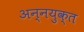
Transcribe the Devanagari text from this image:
अन्नयुक्त